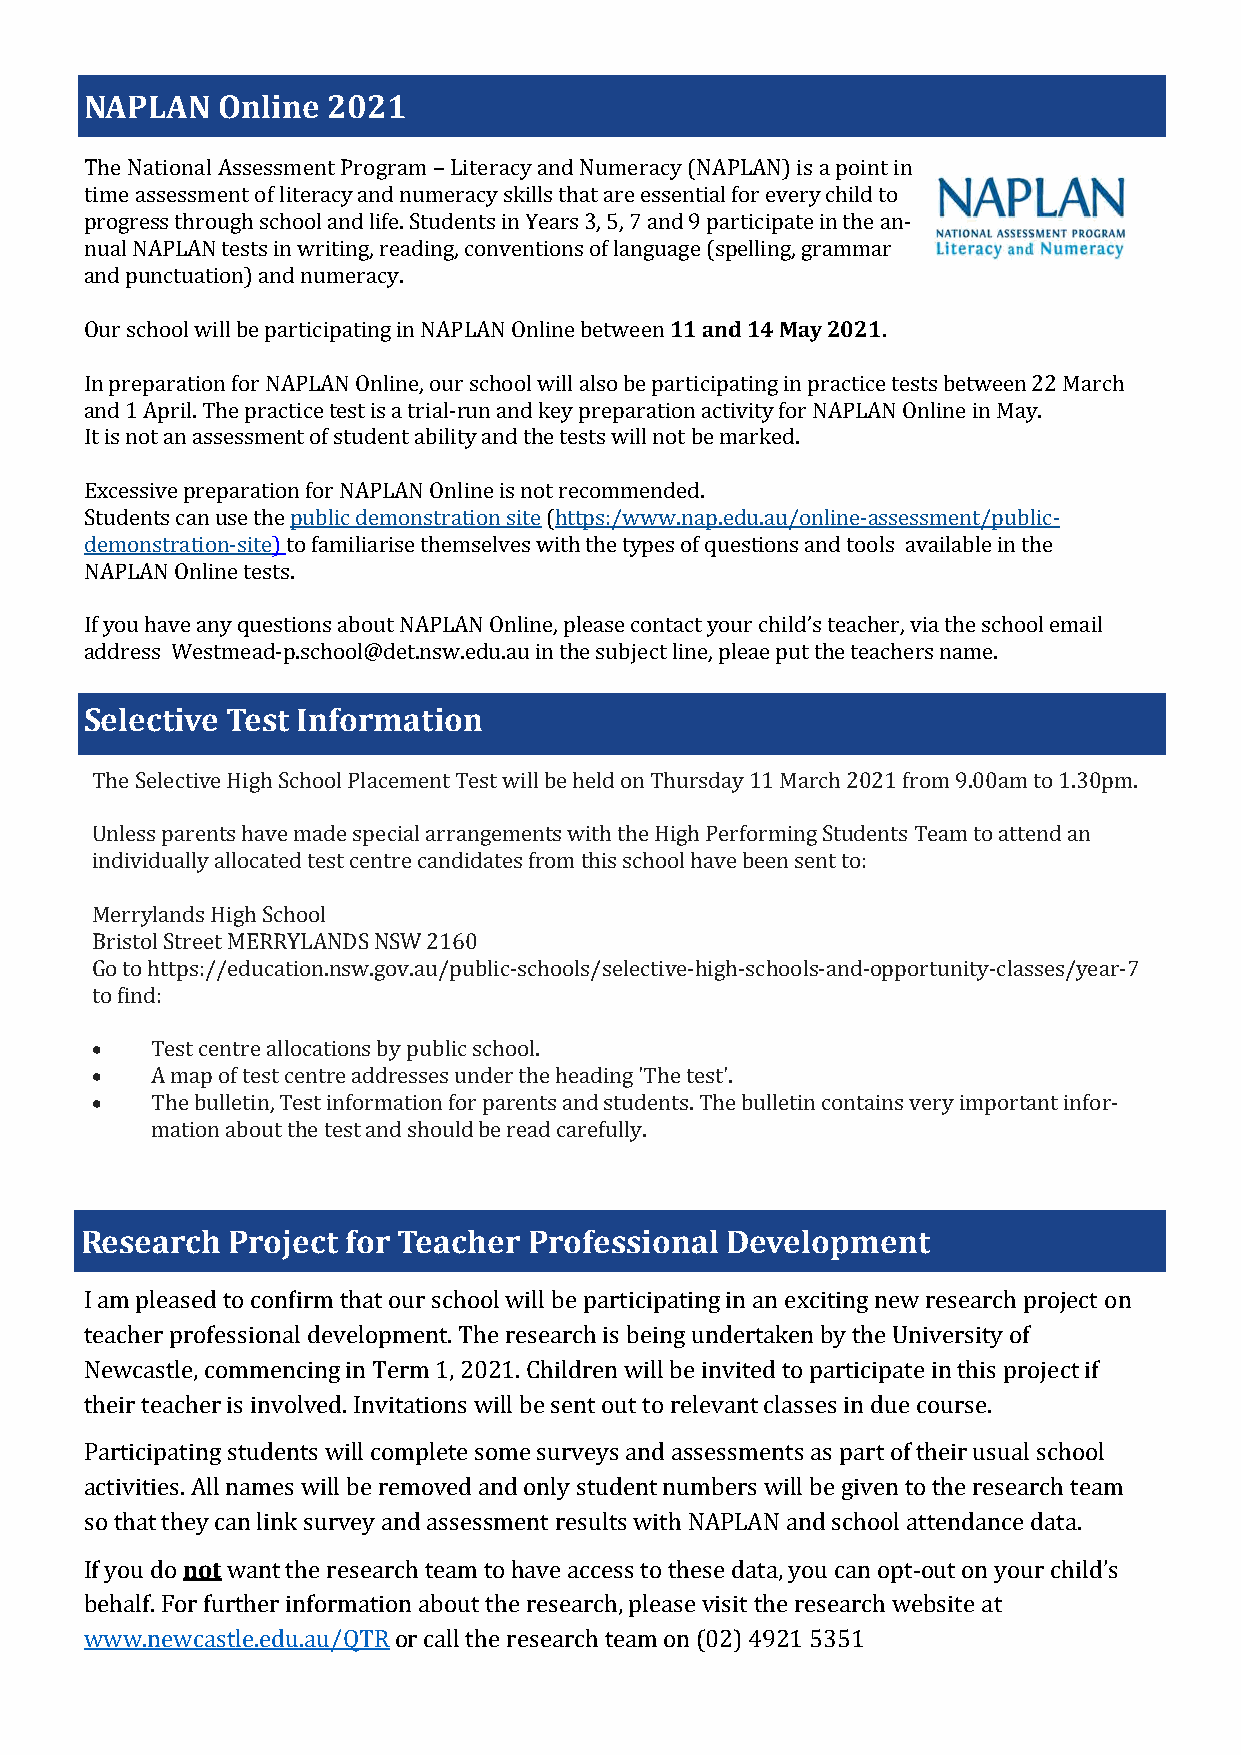
NAPLAN  Online  2021
 The National Assessment Program – Literacy and Numeracy (NAPLAN) is a point in
 time assessment of literacy and numeracy skills that are essential for every child to
 progress through school and life. Students in Years 3, 5, 7 and 9 participate in the an-
 nual NAPLAN tests in writing, reading, conventions of language (spelling, grammar
 and punctuation) and numeracy.
 Our school will be participating in NAPLAN Online between 11 and 14 May 2021.
 In preparation for NAPLAN Online, our school will also be participating in practice tests between 22 March
 and 1 April. The practice test is a trial-run and key preparation activity for NAPLAN Online in May.
 It is not an assessment of student ability and the tests will not be marked.
 Excessive preparation for NAPLAN Online is not recommended.
 Students can use the public demonstration site (https:/www.nap.edu.au/online-assessment/public-
 demonstration-site) to familiarise themselves with the types of questions and tools available in the
 NAPLAN Online tests.
 If you have any questions about NAPLAN Online, please contact your child’s teacher, via the school email
 address Westmead-p.school@det.nsw.edu.au in the subject line, pleae put the teachers name.
 Selective Test Information
 The Selective High School Placement Test will be held on Thursday 11 March 2021 from 9.00am to 1.30pm.
 Unless parents have made special arrangements with the High Performing Students Team to attend an
 individually allocated test centre candidates from this school have been sent to:
 Merrylands High School
 Bristol Street MERRYLANDS NSW 2160
 Go to https://education.nsw.gov.au/public-schools/selective-high-schools-and-opportunity-classes/year-7
 to find:
 •   Test centre allocations by public school.
 •   A map of test centre addresses under the heading 'The test'.
 •   The bulletin, Test information for parents and students. The bulletin contains very important infor-
 mation about the test and should be read carefully.
 Research  Project for Teacher Professional Development
 I am pleased to confirm that our school will be participating in an exciting new research project on
 teacher professional development. The research is being undertaken by the University of
 Newcastle, commencing in Term 1, 2021. Children will be invited to participate in this project if
 their teacher is involved. Invitations will be sent out to relevant classes in due course.
 Participating students will complete some surveys and assessments as part of their usual school
 activities. All names will be removed and only student numbers will be given to the research team
 so that they can link survey and assessment results with NAPLAN and school attendance data.
 If you do not want the research team to have access to these data, you can opt-out on your child’s
 behalf. For further information about the research, please visit the research website at
 www.newcastle.edu.au/QTR or call the research team on (02) 4921 5351